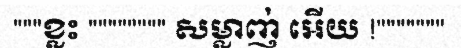
"""ខ្លះ """""""" សម្លាញ់ អើយ !"""""""